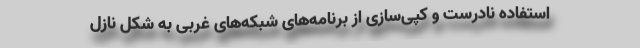
استفاده نادرست و کپی‌سازی از برنامه‌های شبکه‌های غربی به شکل نازل